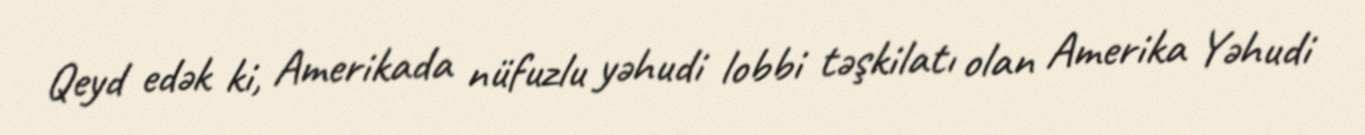
Qeyd edək ki, Amerikada nüfuzlu yəhudi lobbi təşkilatı olan Amerika Yəhudi